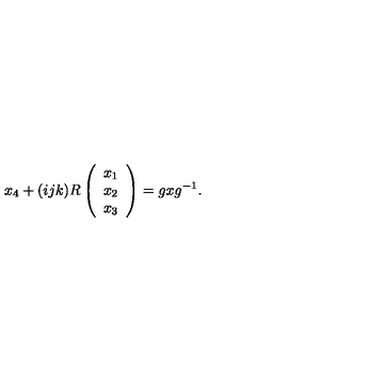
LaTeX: x _ { 4 } + ( i j k ) R \left( \begin{array} { c } { x _ { 1 } } \\ { x _ { 2 } } \\ { x _ { 3 } } \\ \end{array} \right) = g x g ^ { - 1 } .